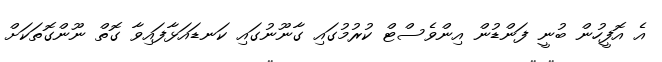
އެ އޮފީހުން ބުނީ ފަންޑުން އިންވެސްޓް ކުރުމުގައި ގާނޫނުގައި ކަނޑައަޅާފައިވާ ގޮތް ނޫންގޮތަކަށް